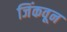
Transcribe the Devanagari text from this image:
जिंकवून